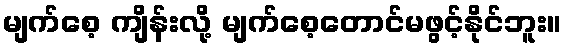
မျက်စေ့ ကျိန်းလို့ မျက်စေ့တောင်မဖွင့်နိုင်ဘူး။